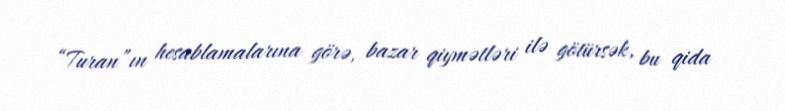
“Turan”ın hesablamalarına görə, bazar qiymətləri ilə götürsək, bu qida